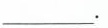
___.